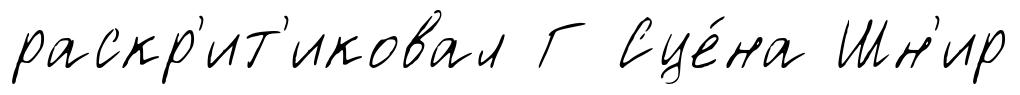
раскр'ит'иковал Г Сце́на Шн'ир